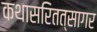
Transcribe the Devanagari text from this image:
कथासरितत्सागर